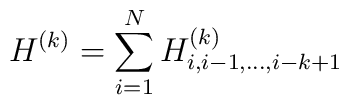
H^{(k)}=\sum_{i=1}^NH^{(k)}_{i,i-1,...,i-k+1}